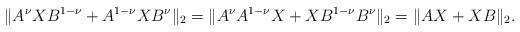
LaTeX: \begin{align*}\|A^{\nu}XB^{1-\nu}+A^{1-\nu}XB^{\nu}\|_2=\|A^{\nu}A^{1-\nu}X+XB^{1-\nu}B^{\nu}\|_2=\|AX+XB\|_2. \end{align*}